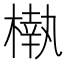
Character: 𣙀